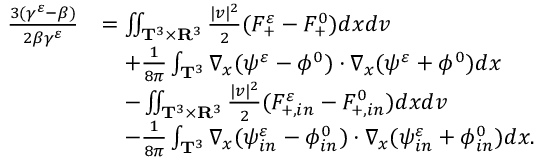
\begin{array} { r l } { \frac { 3 ( \gamma ^ { \varepsilon } - \beta ) } { 2 \beta \gamma ^ { \varepsilon } } } & { = \iint _ { \mathbf T ^ { 3 } \times \mathbf R ^ { 3 } } \frac { | v | ^ { 2 } } { 2 } ( F _ { + } ^ { \varepsilon } - F _ { + } ^ { 0 } ) d x d v } \\ & { \quad + \frac { 1 } { 8 \pi } \int _ { \mathbf T ^ { 3 } } \nabla _ { x } ( \psi ^ { \varepsilon } - \phi ^ { 0 } ) \cdot \nabla _ { x } ( \psi ^ { \varepsilon } + \phi ^ { 0 } ) d x } \\ & { \quad - \iint _ { \mathbf T ^ { 3 } \times \mathbf R ^ { 3 } } \frac { | v | ^ { 2 } } { 2 } ( F _ { + , i n } ^ { \varepsilon } - F _ { + , i n } ^ { 0 } ) d x d v } \\ & { \quad - \frac { 1 } { 8 \pi } \int _ { \mathbf T ^ { 3 } } \nabla _ { x } ( \psi _ { i n } ^ { \varepsilon } - \phi _ { i n } ^ { 0 } ) \cdot \nabla _ { x } ( \psi _ { i n } ^ { \varepsilon } + \phi _ { i n } ^ { 0 } ) d x . } \end{array}